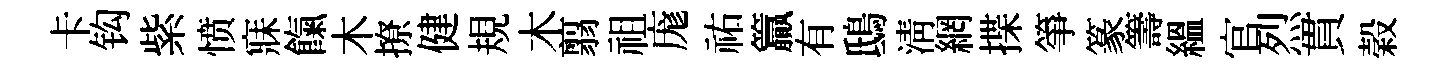
卡钩紫愤寐餼木撩健規木翦祖庬祐籯有鴟清網揲箏篆籌緼官烈貫榖